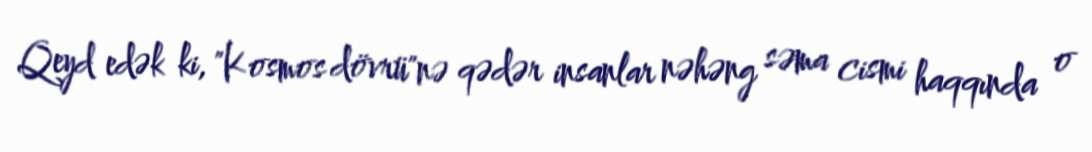
Qeyd edək ki, "Kosmos dövrü"nə qədər insanlar nəhəng səma cismi haqqında o